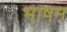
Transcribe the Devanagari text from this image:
भाषम